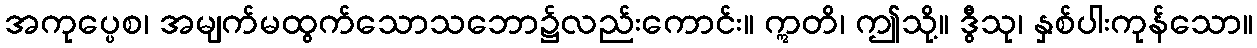
အကုပ္ပေစ၊ အမျက်မထွက်သောသဘော၌လည်းကောင်း။ ဣတိ၊ ဤသို့။ ဒွီသု၊ နှစ်ပါးကုန်သော။